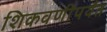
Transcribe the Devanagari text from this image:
शिकवणीपर्यंत